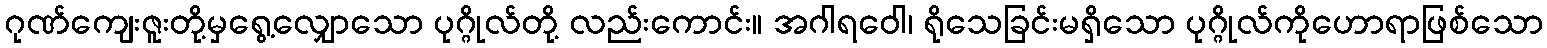
ဂုဏ်ကျေးဇူးတို့မှရွေ့လျှောသော ပုဂ္ဂိုလ်တို့ လည်းကောင်း။ အဂါရဝေါ၊ ရိုသေခြင်းမရှိသော ပုဂ္ဂိုလ်ကိုဟောရာဖြစ်သော